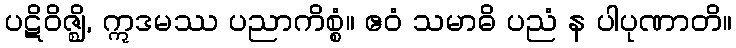
ပဋိဝိဇ္ဈိ, ဣဒမဿ ပညာကိစ္စံ။ ဧဝံ သမာဓိ ပညံ န ပါပုဏာတိ။